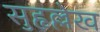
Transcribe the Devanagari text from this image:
सुहृल्लेख